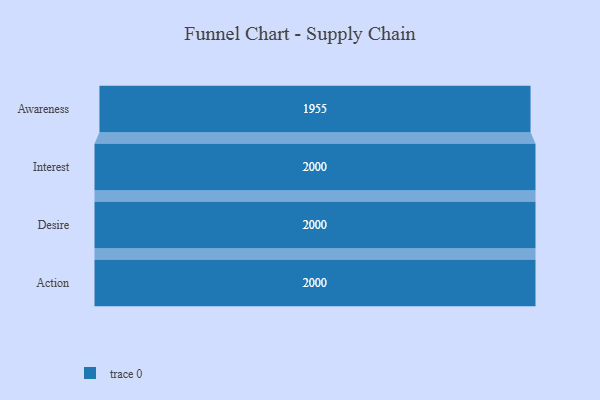
{"axis": {"x": "Stage", "y": "Value"}, "legend": [""], "data": [{"x": "Awareness", "y": 1955.0, "type": ""}, {"x": "Interest", "y": 2000, "type": ""}, {"x": "Desire", "y": 2000, "type": ""}, {"x": "Action", "y": 2000, "type": ""}]}